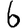
Digit: 6